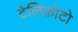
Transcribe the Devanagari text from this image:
टेलिफ़ोटो